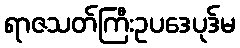
ရာဇသတ်ကြီးဥပဒေပုဒ်မ